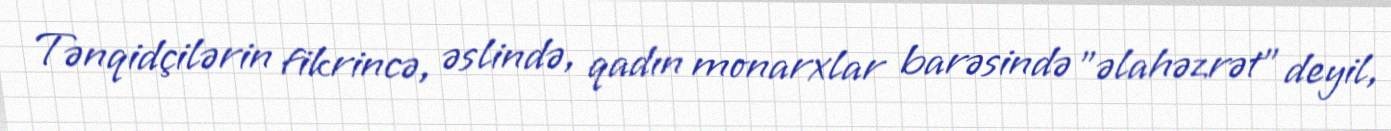
Tənqidçilərin fikrincə, əslində, qadın monarxlar barəsində "əlahəzrət" deyil,